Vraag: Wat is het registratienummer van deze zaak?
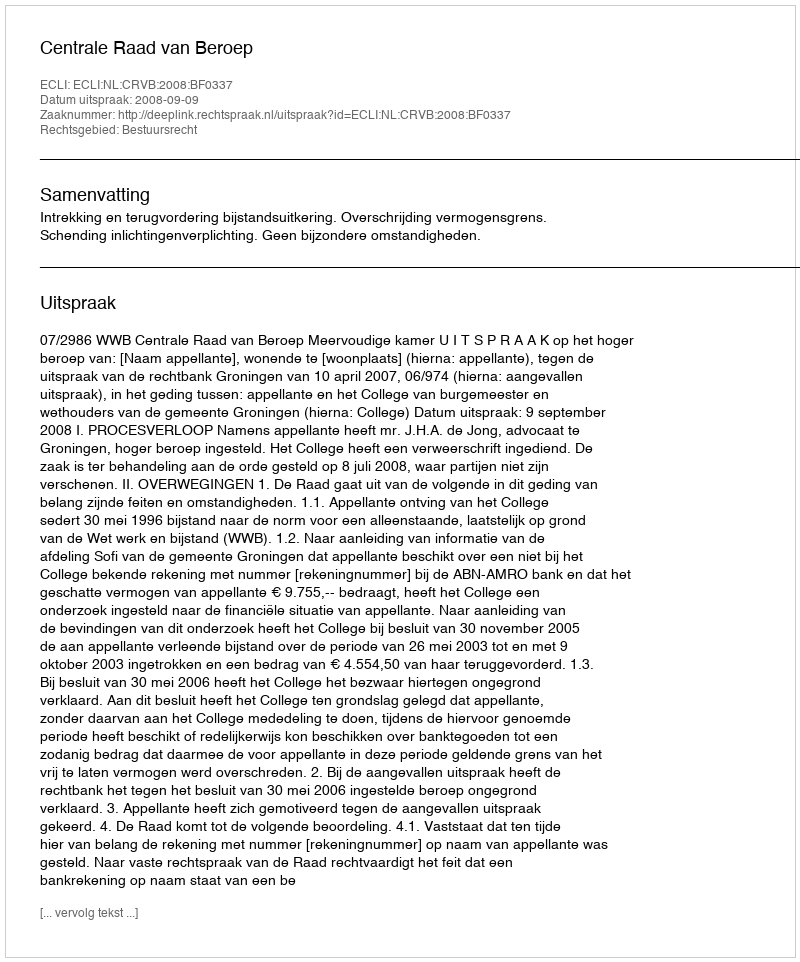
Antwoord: http://deeplink.rechtspraak.nl/uitspraak?id=ECLI:NL:CRVB:2008:BF0337